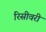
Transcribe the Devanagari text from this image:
रिसीवरी